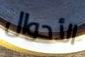
الأحوال